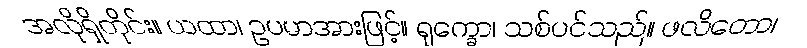
အလိုရှိတိုင်း။ ယထာ၊ ဥပမာအားဖြင့်။ ရုက္ခော၊ သစ်ပင်သည်။ ဖလိတော၊